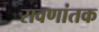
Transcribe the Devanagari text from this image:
रावणांतक